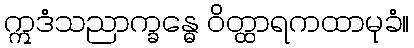
ဣဒံသညာက္ခန္ဓေ ဝိတ္ထာရကထာမုခံ။